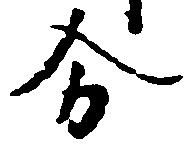
分